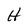
Character: H